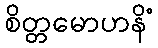
စိတ္တမောဟနိံ